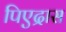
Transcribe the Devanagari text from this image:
पिएद्रास